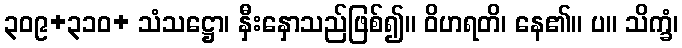
၃၀၉+၃၁၀+ သံသဋ္ဌော၊ နှီးနှောသည်ဖြစ်၍။ ဝိဟရတိ၊ နေ၏။ ပ။ သိက္ခံ၊